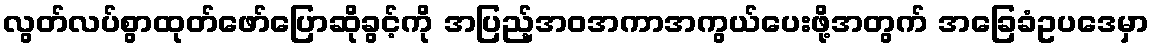
လွတ်လပ်စွာထုတ်ဖော်ပြောဆိုခွင့်ကို အပြည့်အဝအကာအကွယ်ပေးဖို့အတွက် အခြေခံဥပဒေမှာ